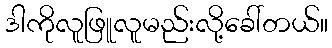
ဒါကိုလူဖြူလူမည်းလို့ခေါ်တယ်။